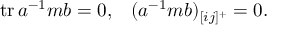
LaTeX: \begin{array} { l l } { { \mathrm { t r } \, a ^ { - 1 } m b = 0 , } } & { { ( a ^ { - 1 } m b ) _ { [ i j ] ^ { + } } = 0 . } } \end{array}